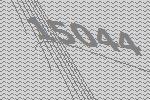
15044